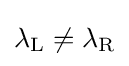
\lambda _{\mathrm {L} }\neq \lambda _{\mathrm {R} }